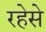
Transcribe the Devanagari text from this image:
रहेसे